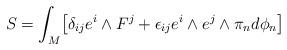
LaTeX: \begin{align*}S=\int _M \bigl[\delta_{ij}e^i\wedge F^j + \epsilon_{ij}e^i\wedge e^j\wedge \pi_nd\phi_n \bigr]\end{align*}